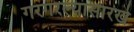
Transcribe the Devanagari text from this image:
गरगरल्यासारखे